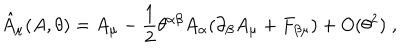
LaTeX: \hat { A } _ { \mu } ( A , \theta ) = A _ { \mu } - \frac { 1 } { 2 } \theta ^ { \alpha \beta } A _ { \alpha } ( \partial _ { \beta } A _ { \mu } + F _ { \beta \mu } ) + O ( \theta ^ { 2 } ) \; ,